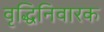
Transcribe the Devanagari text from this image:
वृद्धिनिवारक